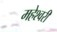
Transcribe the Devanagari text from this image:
महेश्‍वरी